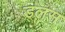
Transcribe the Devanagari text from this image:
डलस